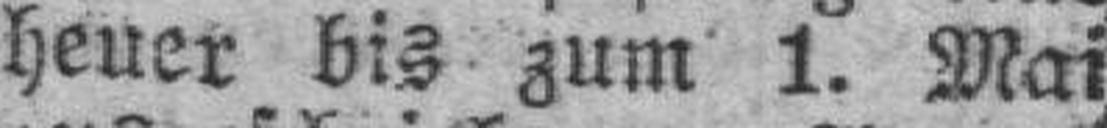
heuer bis zum 1. Mai